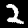
Digit: 2